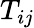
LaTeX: T_{ij}